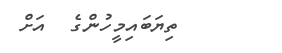
ތިޔަބައިމީހުންގެ  އަށް